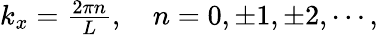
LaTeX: \begin{array}{r}{k_{x}=\frac{2\pi n}{L},\quad n=0,\pm 1,\pm 2,\cdots,}\end{array}